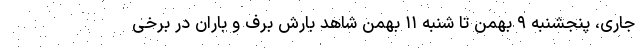
جاری، پنجشنبه ٩ بهمن تا شنبه ١١ بهمن شاهد بارش برف و باران در برخی